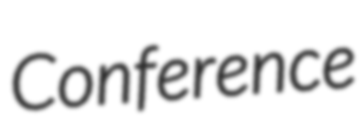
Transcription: Conference